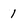
Character: 1